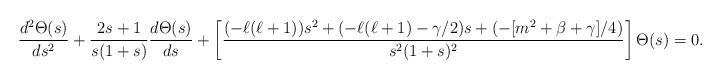
LaTeX: \begin{align*}\frac{d^2\Theta(s)}{ds^2}+\frac{2s+1}{s(1+s)}\frac{d\Theta(s)}{ds}+\left[\frac{(-\ell(\ell+1))s^2+(-\ell(\ell+1)-\gamma/2)s+(-[m^2+\beta+\gamma]/4)}{s^2(1+s)^2}\right]\Theta(s)=0.\end{align*}